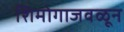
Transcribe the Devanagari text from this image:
शिमोगाजवळून